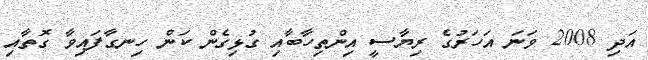
އަދި 2008 ވަނަ އަހަރުގެ ރިޔާސީ އިންތިހާބާއި ގުޅިގެން ކަން ހިނގާފައިވާ ގޮތާއި